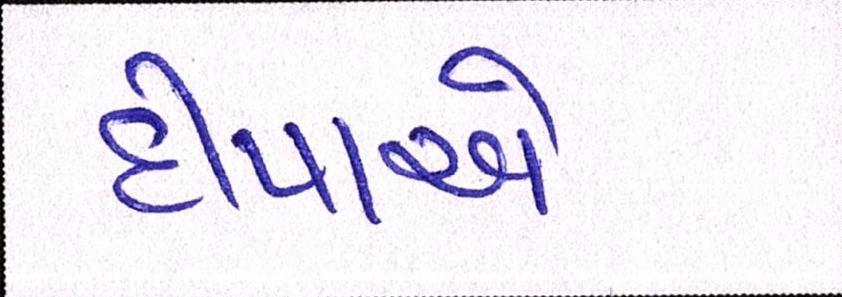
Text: દીપાએ